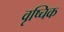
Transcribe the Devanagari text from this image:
वृष्चिक